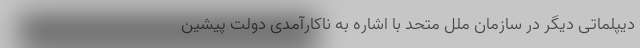
دیپلماتی دیگر در سازمان ملل متحد با اشاره به ناکارآمدی دولت پیشین